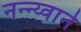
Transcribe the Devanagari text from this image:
नन्न्य्याने